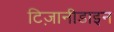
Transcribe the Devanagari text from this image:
टिज़ानीडाइन